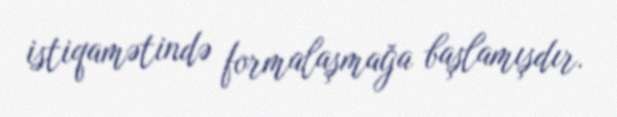
istiqamətində formalaşmağa başlamışdır.